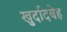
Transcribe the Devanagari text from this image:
खुर्दादबेह